Lunatic asylums in Bengal annual reports 1899-1911 - 1899-1911
Year: 1899
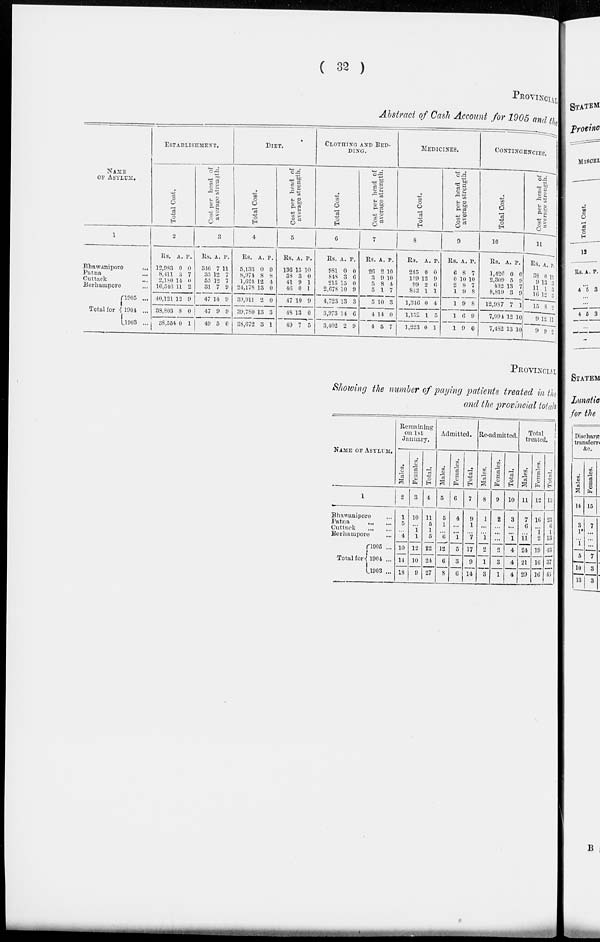
( 32 )
PROVINCIAL
Abstract of Cash Account for 1905 and the
NAME
OF ASYLUM.
1
Bhawanipore
...
Patna ...
Cuttack ...
Berhampore ...
Total for
1905 ...
1904 ...
1903 ...
ESTABLISHMENT.
Total Cost.
2
Rs.
12,983
8,411
2,180
16,546
40,121
38,803
38,544
A.
0
3
14
11
12
8
0
P.
0
7
0
0
9
0
1
Cost per head of
average strength.
3
Rs.
346
35 55
31
47
47
49
A.
7
12
12
7
14
9
5
P.
11
7
7
9
9
9
0
DIET.
Total Cost.
4
Rs.
5,133
8,974
1,624
24,178
39,911
39,780
38,672
A.
0
8
12
13
2
13
3
P.
0
8
4
0
0
3
1
Cost per
head of
average strength.
5
Rs.
136
38
41
46
47
48
49
A.
15
3
9
0
10
13
7
P.
10
0
1
1
9
0
5
CLOTHING AND BED-
DING.
Total Cost.
6
Rs.
981
848
215
2,678
4,723
3,973
3,402
A.
0
3
15
10
13
14
2
P.
0
6
0
9
3
6
9
Cost per
head of
average strength.
7
Rs.
26
3
5
5
5
4
4
A.
2
9
8
1
10
14
5
P.
10
10
4
7
3
0
7
MEDICINES.
Total Cost.
8
Rs.
245
159
99
812
1,346
1,134
1,223
A.
0
12
2
1
0
1
0
P.
0
9
6
1
4
5
1
Cost per
head of
average strength.
9
Rs.
6
0
2
1
1
1
1
A.
8
P.
7
10 10
8
9
9
6
9
7
8
8
9
0
CONTINGENCIES.
Total Cost.
10
Rs.
1,426
2,309
432
8,819
12,987
7,994
7,482
A.
0
5
13
3
7
12
13
P.
0
9
7
9
1
10
10
Cost per
head of
average
strength.
11
Rs.
38
9
11
16
15
9
9
A.
0
13
1
12
8
12
9
P.
11
3
3
5
2
11
2
PROVINCIAL
Showing the number of paying patients treated in the
and the provincial total
NAME OF ASYLUM.
1
Bhawanipore ...
Patna
...
...
Cuttack
...
...
Berhampore ...
Total
for
1905 ...
1904 ...
1903 ...
Remaining
on 1st
January.
Males.
2
1
5
...
4
10
14
18
Females.
3
10
...
1
1
12
10
9
Total.
4
11
5
1
5
22
24
27
Admitted.
Males.
5
5
1
...
6
12
6
8
Females.
6
4
...
...
1
5
3
6
Total.
7
9
1
...
7
17
9
14
Re-admitted.
Males.
8
1
...
...
1
2
1
3
Females.
9
2
...
...
...
...
3
1
Total.
10
3
...
...
1
4
4
4
Total
treated.
Males.
11
7
6
...
11
24
21
29
Females.
12
16
...
1
2
19
16
16
Tolal.
13
23
6
1
13
43
37
45